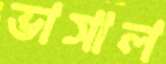
ভাসাল